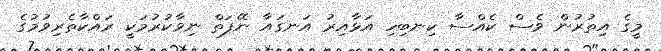
މީގެ އިތުރުން ވެސް ކެއްސާ ކިނބިހި އަޅާއިރު އަނގައާ ނޭފަތް ނިވާކުރުމަކީ ރައްކާތެރިވުމުގެ